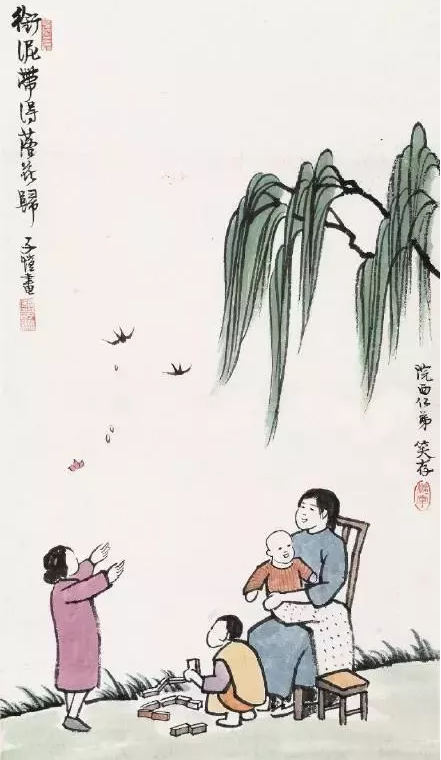
好去不须频下泪，老僧相伴有烟霞。